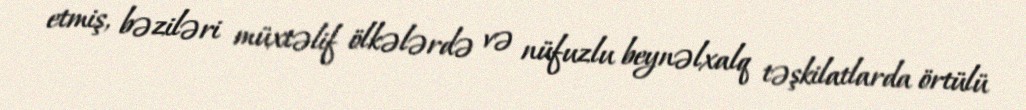
etmiş, bəziləri müxtəlif ölkələrdə və nüfuzlu beynəlxalq təşkilatlarda örtülü